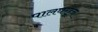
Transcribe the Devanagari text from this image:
पालघरहून